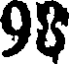
98